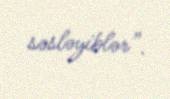
səsləyiblər”.